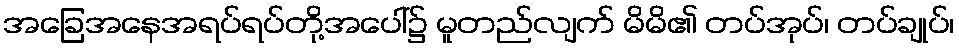
အခြေအနေအရပ်ရပ်တို့အပေါ်၌ မူတည်လျက် မိမိ၏ တပ်အုပ်၊ တပ်ချုပ်၊